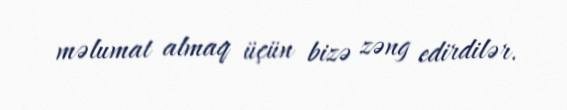
məlumat almaq üçün bizə zəng edirdilər.